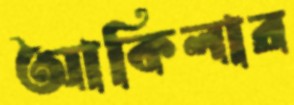
আকিলার